Report on vaccination in Madras 1922-1929 - 1922-1929
Year: 1922
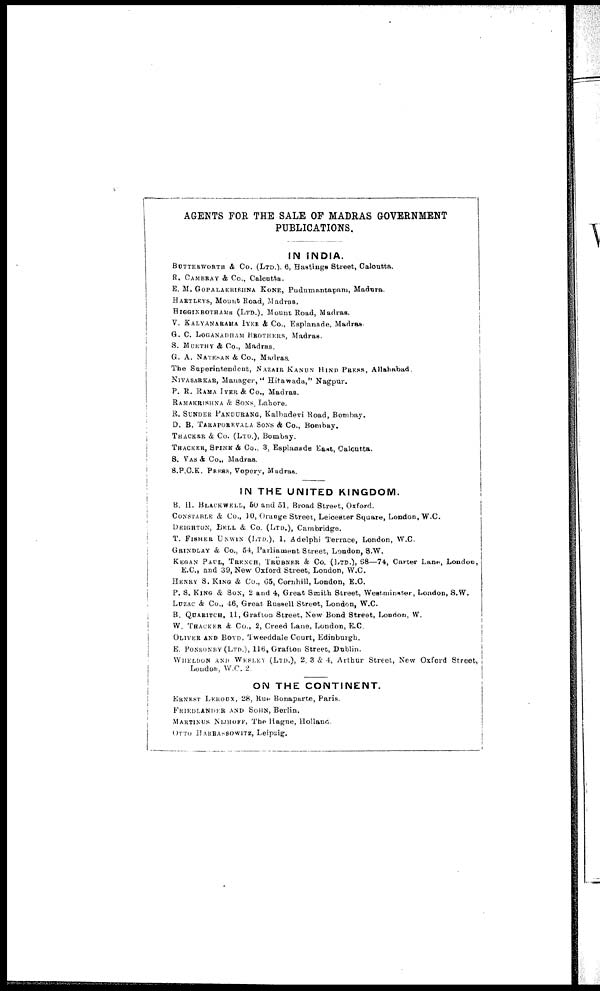
AGENTS FOR THE SALE OF MADRAS GOVERNMENT
PUBLICATIONS.
IN INDIA.
BUTTREWORTH & Co. (LTD.). 6, Hastings Street, Calcutta.
R. CAMBRAY & Co., Calcutta.
E. M. GOPALAKRISHNA KONE, Pudumantapam, Madura.
HARTLEYS, Mount Road, Madras.
HIGGINBOTHAMS (LTD.), Mount Road, Madras.
V. KALYANARAMA IYER & Co., Esplanade, Madras.
G. C. LOGANADHAM BROTHERS, Madras.
S. MURTHY & Co., Madras.
G. A. NATESAN & Co., Madras.
The Superintendent, NAZAIR KANUN HIND PRESS, Allahabad.
NIVASARKAR, Manager, " Hitawada," Nagpur.
P. R. RAMA IYER & Co., Madras.
RAMAKRISHNA & SONS, Lahore.
R. SUNDER PANDURANG, Kalbadevi Road, Bombay.
D. B. TARAPOREVALA SONS & Co., Bombay.
THACKER & Co. (LTD.), Bombay.
THACKER, SPINK & Co., 3, Esplanade East, Calcutta.
S. VAS & Co., Madras.
S.P.C.K. PRESS, Vepery, Madras.
IN THE UNITED KINGDOM.
B. H. BLACKWELL, 50 and 51, Broad Street, Oxford.
CONSTABLE & Co., 10, Orange Street, Leicester Square, London, W.C.
DEIGHTON, BELL & Co. (LTD.), Cambridge.
T. FISHER UNWIN (LTD.), 1, Adelphi Terrace, London, W.C.
GRINDLAY & Co., 54, Parliament Street, London, S.W.
KEGAN PAUL, TRENCH, TRÜBNER & Co. (LTD.), 68—74, Carter Lane., London,
E.C., and 39, New Oxford Street, London, W.C.
HENRY S. KING & Co., 65, Cornhill, London, E.C.
P. S. KING & SON, 2 and 4, Great Smith Street, Westminster, London, S.W.
LUZAC & Co., 46, Great Russell Street, London, W.C.
B. QUARITCH, 11, Grafton Street, New Bond Street, London, W.
W. THACKER & Co., 2, Creed Lane, London, E.C.
OLIVER AND BOYD, Tweeddale Court, Edinburgh.
E. PONSONBY (LTD.), 116, Grafton Street, Dublin.
WHELDON AND WESLEY (LTD.), 2, 3 & 4, Arthur Street, New Oxford Street,
London, W.C. 2.
ON THE CONTINENT.
ERNEST LEROUX, 28, Rue Bonaparte, Paris.
FRIEDLANDER AND SOHN, Berlin.
MARTINUS NIJHOFF, The Hague, Holland.
OTTO HARRASSOWITZ, Leipzig.